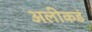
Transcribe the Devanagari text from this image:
अलीकडं